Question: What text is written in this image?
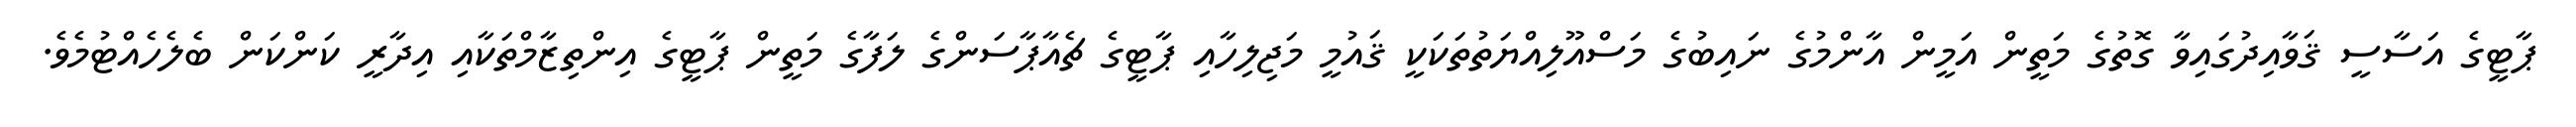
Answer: ޕާޓީގެ އަސާސީ ޤަވާއިދުގައިވާ ގޮތުގެ މަތީން އަމީން އާންމުގެ ނައިބުގެ މަސްއޫލިއްޔަތުތަކަކީ ޤައުމީ މަޖިލިހާއި ޕާޓީގެ ޗެއާޕާސަންގެ ލަފާގެ މަތީން ޕާޓީގެ އިންތިޒާމްތަކާއި އިދާރީ ކަންކަން ބެލެހެއްޓުމެވެ.